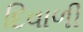
દિવાળી